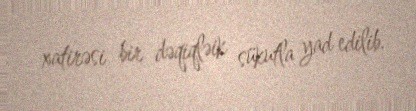
xatirəsi bir dəqiqləik sükutla yad edilib.